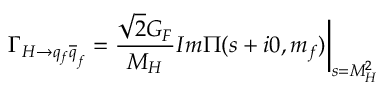
\Gamma _ { H \rightarrow q _ { f } \overline { { { q } } } _ { f } } = \frac { \sqrt { 2 } G _ { F } } { M _ { H } } I m \Pi ( s + i 0 , m _ { f } ) \biggr | _ { s = M _ { H } ^ { 2 } }